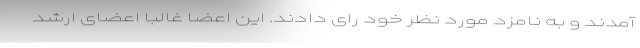
آمدند و به نامزد مورد نظر خود رای دادند. این اعضا غالبا اعضای ارشد